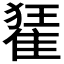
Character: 𨿗